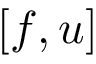
[ f , u ]